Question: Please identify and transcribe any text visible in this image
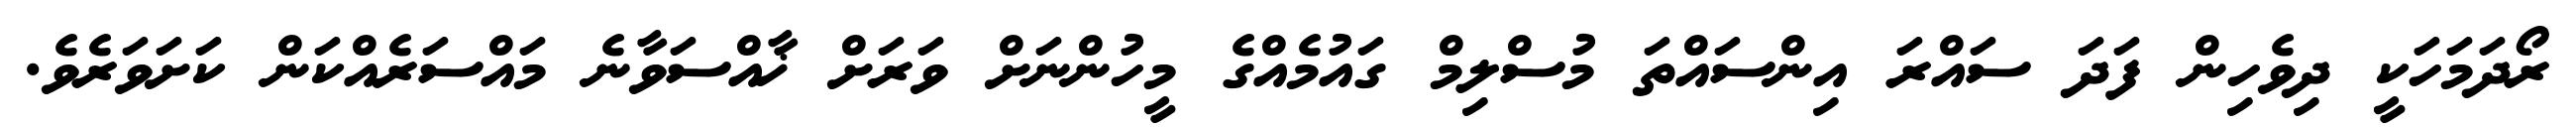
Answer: ރޯދަމަހަކީ ދިވެހިން ފަދަ ސައްރަ އިންސައްތަ މުސްލިމް ގައުމެއްގެ މީހުންނަށް ވަރަށް ޚާއްސަވާނެ މައްސަރެއްކަން ކަށަވަރެވެ.